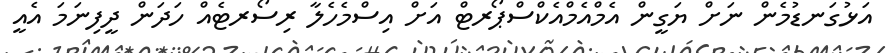
އަޅުގަނޑުމެން ނަށް ޔަގީން އެމްއެމްއެކްސްޕޯރޓް އަށް އިސްމެހެލާ ރިސޯރޓެއް ހަދަން ދީފިނަމަ އެއީ